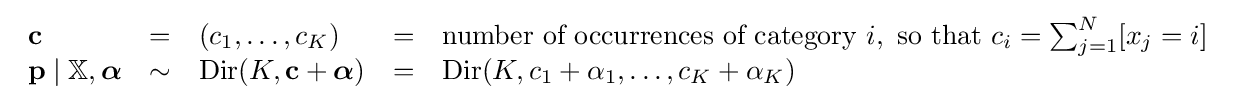
{\begin{array}{lclcl}\mathbf {c} &=&(c_{1},\ldots ,c_{K})&=&{\text{number of occurrences of category }}i,{\text{ so that }}c_{i}=\sum _{j=1}^{N}[x_{j}=i]\\\mathbf {p} \mid \mathbb {X} ,{\boldsymbol {\alpha }}&\sim &\operatorname {Dir} (K,\mathbf {c} +{\boldsymbol {\alpha }})&=&\operatorname {Dir} (K,c_{1}+\alpha _{1},\ldots ,c_{K}+\alpha _{K})\end{array}}